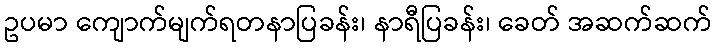
ဥပမာ ကျောက်မျက်ရတနာပြခန်း၊ နာရီပြခန်း၊ ခေတ် အဆက်ဆက်